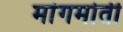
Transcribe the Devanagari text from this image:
मांगमोती